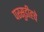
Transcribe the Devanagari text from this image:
परसुडीहचे